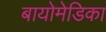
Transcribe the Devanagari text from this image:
बायोमेडिका